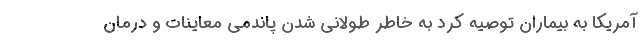
آمریکا به بیماران توصیه کرد به خاطر طولانی شدن پاندمی معاینات و درمان